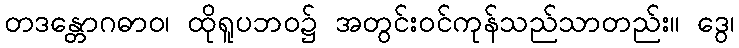
တဒန္တောဂဓာဝ၊ ထိုရူပဘဝ၌ အတွင်းဝင်ကုန်သည်သာတည်း။ ဒွေ၊